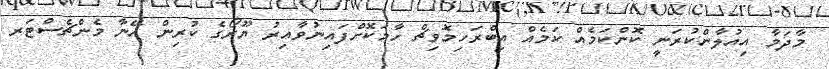
މާދަމާ އިއުލާންކުރަނީ ކޮންކަމެއް ކަމެއް އިބްރަހިމޮވިޗް ހާމަކޮށްފައިނުވާއިރު ޔޫރޯގެ ކުރިން އޭނާ މެންޗެސްޓަރ